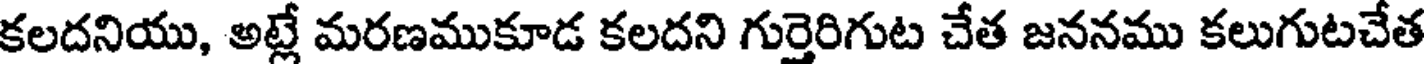
కలదనియు, అట్లే మరణముకూడ కలదని గుర్తెరిగుట చేత జననము కలుగుటచేత